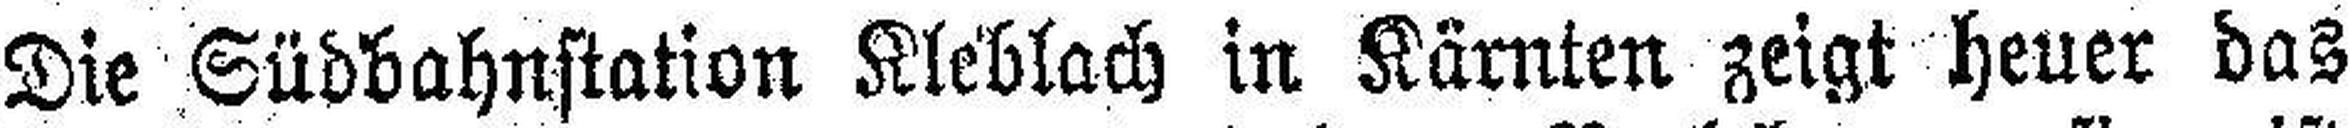
Die Südbahnstation Kleblach in Kärnten zeigt heuer das